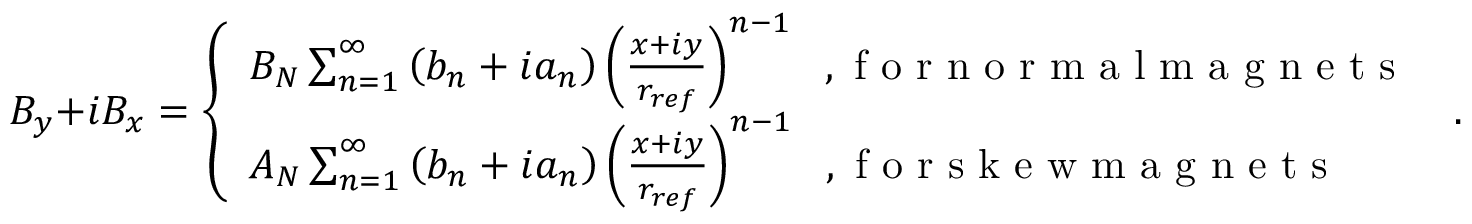
B _ { y } + i B _ { x } = \left\{ \begin{array} { l l } { B _ { N } \sum _ { n = 1 } ^ { \infty } \left( b _ { n } + i a _ { n } \right) \left( \frac { x + i y } { r _ { r e f } } \right) ^ { n - 1 } \; \mathrm { ~ , ~ f ~ o ~ r ~ n ~ o ~ r ~ m ~ a ~ l ~ m ~ a ~ g ~ n ~ e ~ t ~ s ~ } } \\ { A _ { N } \sum _ { n = 1 } ^ { \infty } \left( b _ { n } + i a _ { n } \right) \left( \frac { x + i y } { r _ { r e f } } \right) ^ { n - 1 } \; \mathrm { ~ , ~ f ~ o ~ r ~ s ~ k ~ e ~ w ~ m ~ a ~ g ~ n ~ e ~ t ~ s ~ } } \end{array} \right. \; .